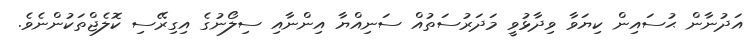
އަދުނާން ޙުސައިން ކިޔަވާ ވިދާޅުވީ މަދަރުސަތުއް ސަނިއްޔާ އިންނާއި ސިލޯނުގެ އިގިރޭސި ކޮލެޖްތަކުންނެވެ.